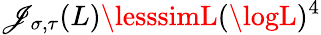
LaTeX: \mathscr{J}_{\sigma,\tau}(L)\lesssimL(\logL)^{4}